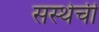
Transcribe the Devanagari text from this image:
सस्थेची